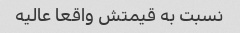
نسبت به قیمتش واقعا عالیه